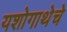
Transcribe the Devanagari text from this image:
यशोगाथेचे